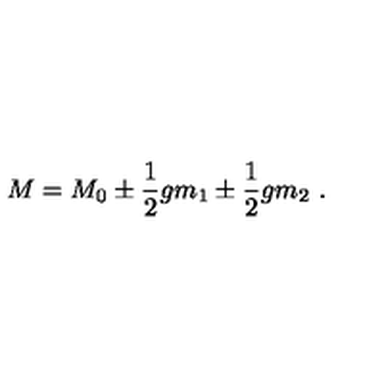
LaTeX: M = M _ { 0 } \pm { \frac { 1 } { 2 } } g m _ { 1 } \pm { \frac { 1 } { 2 } } g m _ { 2 } \ .